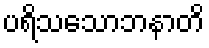
ပရိသသောဘနာတိ